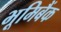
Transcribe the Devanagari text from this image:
भूमिबैंक